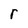
Character: r